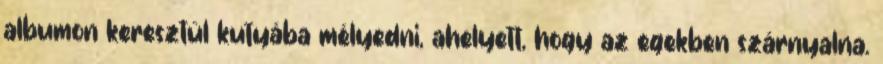
albumon keresztül kutyába mélyedni, ahelyett, hogy az egekben szárnyalna.